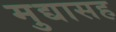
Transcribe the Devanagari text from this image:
मुद्यासह